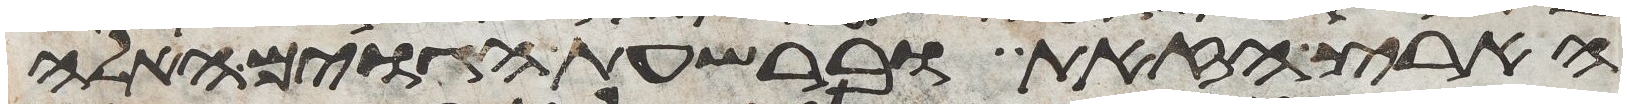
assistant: הארץ הזאת וברשעת הגוים האלה